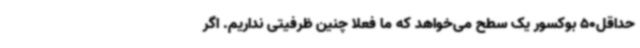
حداقل50 بوکسور یک سطح می‌خواهد که ما فعلا چنین ظرفیتی نداریم. اگر